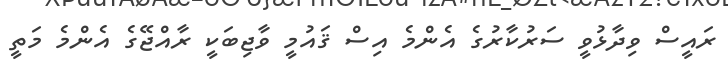
ރައީސް ވިދާޅުވީ ސަރުކާރުގެ އެންމެ އިސް ޤައުމީ ވާޖިބަކީ ރާއްޖޭގެ އެންމެ މަތީ